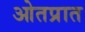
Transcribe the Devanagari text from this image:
ओतप्रात